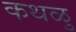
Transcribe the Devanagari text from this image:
कथळु